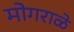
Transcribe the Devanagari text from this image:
मोगराळे